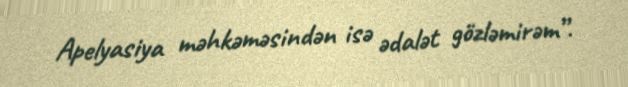
Apelyasiya məhkəməsindən isə ədalət gözləmirəm”.